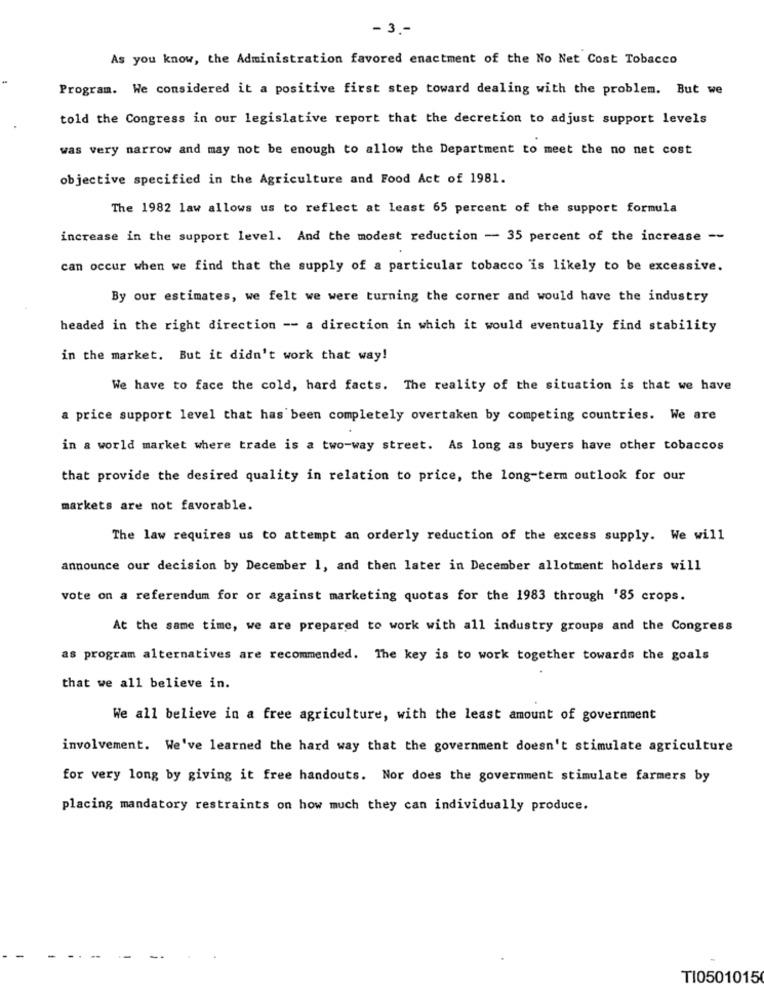
- 3 .-
As you know, the Administration favored enactment of the No Net Cost Tobacco
Program. We considered it a positive first step toward dealing with the problem. But we
told the Congress in our legislative report that the decretion to adjust support levels
was very narrow and may not be enough to allow the Department to meet the no net cost
objective specified in the Agriculture and Food Act of 1981.
The 1982 law allows us to reflect at least 65 percent of the support formula
increase in the support level. And the modest reduction - 35 percent of the increase --
can occur when we find that the supply of a particular tobacco is likely to be excessive.
By our estimates, we felt we were turning the corner and would have the industry
headed in the right direction -- a direction in which it would eventually find stability
in the market. But it didn't work that way!
We have to face the cold, hard facts. The reality of the situation is that we have
a price support level that has been completely overtaken by competing countries. We are
in a world market where trade is a two-way street. As long as buyers have other tobaccos
that provide the desired quality in relation to price, the long-term outlook for our
markets are not favorable.
The law requires us to attempt an orderly reduction of the excess supply. We will
announce our decision by December 1, and then later in December allotment holders will
vote on a referendum for or against marketing quotas for the 1983 through '85 crops.
At the same time, we are prepared to work with all industry groups and the Congress
as program alternatives are recommended. The key is to work together towards the goals
that we all believe in.
We all believe in a free agriculture, with the least amount of government
involvement. We've learned the hard way that the government doesn't stimulate agriculture
for very long by giving it free handouts. Nor does the government stimulate farmers by
placing mandatory restraints on how much they can individually produce.
TI0501015